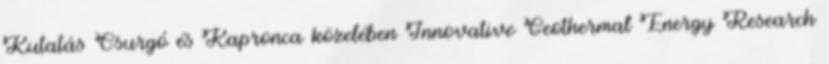
Kutatás Csurgó és Kapronca közelében Innovative Geothermal Energy Research